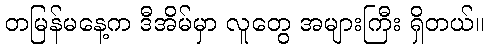
တမြန်မနေ့က ဒီအိမ်မှာ လူတွေ အများကြီး ရှိတယ်။